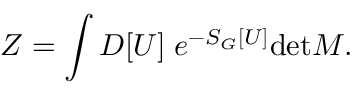
Z = \int { } { \cal D } [ U ] \; e ^ { - S _ { G } [ U ] } \mathrm { d e t } M .